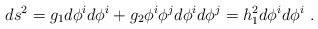
\begin{align*}ds^2 = g_1 d \phi^i d \phi^i + g_2 \phi^i \phi^j d \phi^i d \phi^j = h_1^2 d \phi^i d \phi^i ~.\end{align*}